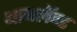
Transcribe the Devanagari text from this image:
थायलॅन्ड